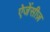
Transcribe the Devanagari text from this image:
ऐजेंसीज़